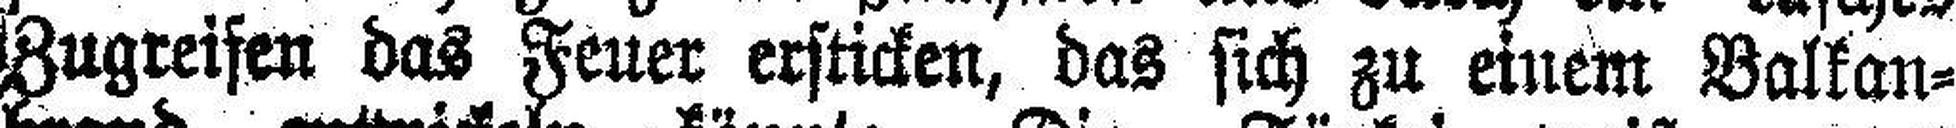
Zugreifen das Feuer ersticken, das sich zu einem Balkan¬